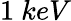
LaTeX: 1\ keV